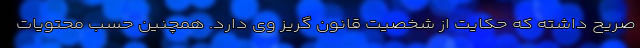
صریح داشته که حکایت از شخصیت قانون گریز وی دارد. همچنین حسب محتویات